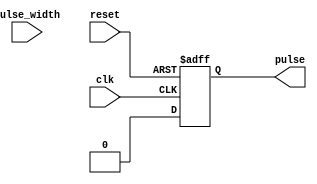
module FallingEdgePulseGenerator(
    input wire clk,
    input wire reset,
    input wire [31:0] pulse_width,
    output reg pulse
);

always @(posedge clk or negedge reset) begin
    if (!reset) begin
        pulse <= 0;
    end else begin
        pulse <= #pulse_width 1'b0;
    end
end

endmodule